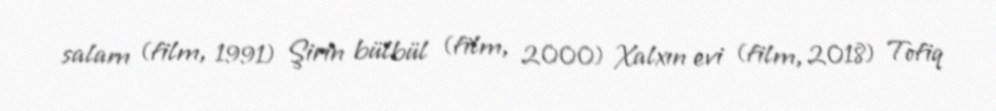
salam (film, 1991) Şirin bülbül (film, 2000) Xalxın evi (film, 2018) Tofiq